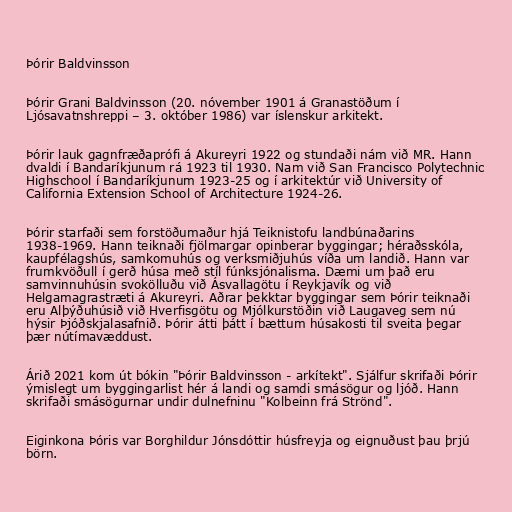
Þórir Baldvinsson

Þórir Grani Baldvinsson (20. nóvember 1901 á Granastöðum í
Ljósavatnshreppi – 3. október 1986) var íslenskur arkitekt.

Þórir lauk gagnfræðaprófi á Akureyri 1922 og stundaði nám við MR. Hann
dvaldi í Bandaríkjunum rá 1923 til 1930. Nam við San Francisco Polytechnic
Highschool í Bandaríkjunum 1923-25 og í arkitektúr við University of
California Extension School of Architecture 1924-26.

Þórir starfaði sem forstöðumaður hjá Teiknistofu landbúnaðarins
1938-1969. Hann teiknaði fjölmargar opinberar byggingar; héraðsskóla,
kaupfélagshús, samkomuhús og verksmiðjuhús víða um landið. Hann var
frumkvöðull í gerð húsa með stíl fúnksjónalisma. Dæmi um það eru
samvinnuhúsin svokölluðu við Ásvallagötu í Reykjavík og við
Helgamagrastræti á Akureyri. Aðrar þekktar byggingar sem Þórir teiknaði
eru Alþýðuhúsið við Hverfisgötu og Mjólkurstöðin við Laugaveg sem nú
hýsir Þjóðskjalasafnið. Þórir átti þátt í bættum húsakosti til sveita þegar
þær nútímavæddust.

Árið 2021 kom út bókin "Þórir Baldvinsson - arkítekt". Sjálfur skrifaði Þórir
ýmislegt um byggingarlist hér á landi og samdi smásögur og ljóð. Hann
skrifaði smásögurnar undir dulnefninu "Kolbeinn frá Strönd".

Eiginkona Þóris var Borghildur Jónsdóttir húsfreyja og eignuðust þau þrjú
börn.